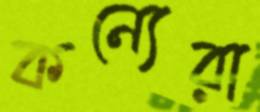
কন্যেরা